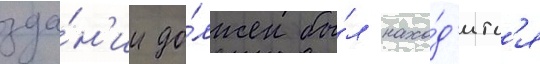
зда́н'ии до́лжен бы́л нахо́д'итс'я